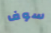
سوف